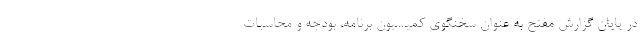
در پایان گزارش مفتح به عنوان سخنگوی کمیسیون برنامه‌، بودجه و محاسبات